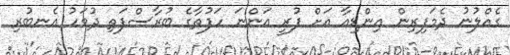
ގެއްލުނު ދެމަފިރިން އިންޑިއާ އަށް ފުރީ އަންނަ ހަފުތާގެ ބުރާސްފަތި ދުވަހު އެނބުރި